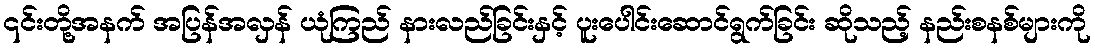
၎င်းတို့အနက် အပြန်အလှန် ယုံကြည် နားလည်ခြင်းနှင့် ပူးပေါင်းဆောင်ရွက်ခြင်း ဆိုသည့် နည်းစနစ်များကို